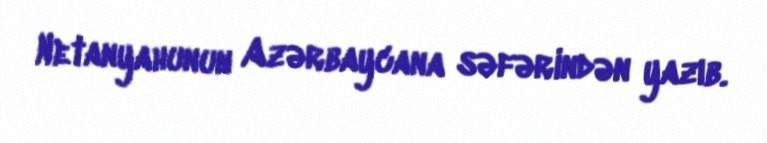
Netanyahunun Azərbaycana səfərindən yazıb.